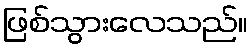
ဖြစ်သွားလေသည်။